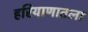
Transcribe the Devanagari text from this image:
हरियाणातला